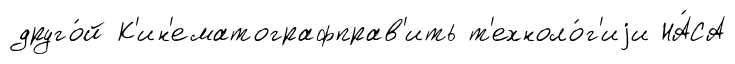
друго́й К'ин'ематографправ'ить т'ехноло́г'иjи НА́СА